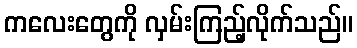
ကလေးတွေကို လှမ်းကြည့်လိုက်သည်။